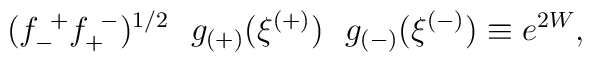
(f^{~+}_{-} f^{~-}_{+})^{1/2} ~~g_{(+)}(\xi^{(+)}) ~~g_{(-)}(\xi^{(-)}) \equiv e^{2W} ,